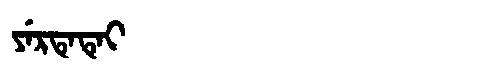
Manchu: ᠶᡝᡵᡨᡝᡨᡝᡳ
Romanization: YERTETEI